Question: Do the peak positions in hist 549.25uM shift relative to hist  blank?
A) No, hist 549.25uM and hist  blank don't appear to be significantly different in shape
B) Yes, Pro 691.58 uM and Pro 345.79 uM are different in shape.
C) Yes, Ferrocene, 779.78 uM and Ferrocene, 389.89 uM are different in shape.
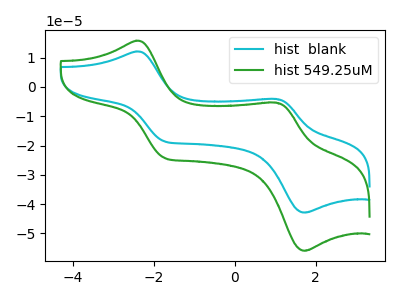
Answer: <think>The cyan curve "hist  blank" has anodic peaks at (-2.45V, 12.10uA) (1.05V, -4.10uA) and cathodic peaks at (-1.75V, -18.60uA) (1.70V, -42.85uA). The green curve "hist 549.25uM" has anodic peaks at (-2.45V, 15.75uA) (1.05V, -5.35uA) and cathodic peaks at (-1.75V, -24.25uA) (1.70V, -55.90uA).
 All the peaks in "hist 549.25uM" have a peak in "hist  blank" at the same potential.</think>
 <answer>A) No, "hist 549.25uM" and "hist  blank" don't appear to be significantly different in shape</answer>
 <eval>A</eval>